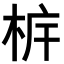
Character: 𣐼